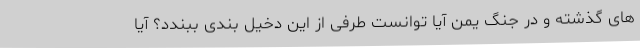
های گذشته و در جنگ یمن آیا توانست طرفی از این دخیل بندی ببندد؟ آیا